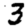
Digit: 3